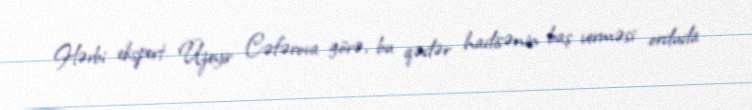
Hərbi ekspert Üzeyir Cəfərova görə, bu qədər hadisənin baş verməsi orduda